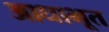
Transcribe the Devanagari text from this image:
आधाभूत